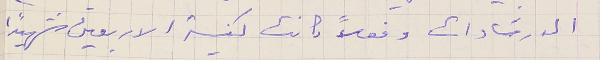
الارشادات وفعلاً كانت كنيسة الاربعين شهيدًا